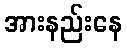
အားနည်းနေ